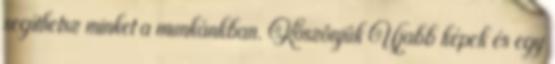
segíthetsz minket a munkánkban. Köszönjük Újabb képek és egy